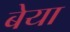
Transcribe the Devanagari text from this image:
बेया